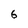
Character: 6